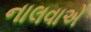
નાલવાએ